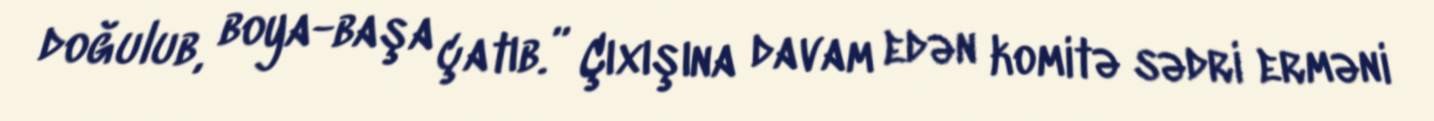
doğulub, boya-başa çatıb.” Çıxışına davam edən komitə sədri erməni